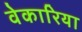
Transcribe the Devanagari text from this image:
वेकारिया